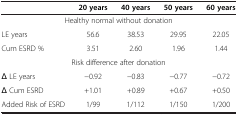
<table><thead><tr><td><b> </b></td><td><b>20 years</b></td><td><b>40 years</b></td><td><b>50 years</b></td><td><b>60 years</b></td></tr></thead><tbody><tr><td colspan="5">Healthy normal without donation</td></tr><tr><td>LE years</td><td>56.6</td><td>38.53</td><td>29.95</td><td>22.05</td></tr><tr><td>Cum ESRD %</td><td>3.51</td><td>2.60</td><td>1.96</td><td>1.44</td></tr><tr><td colspan="5">Risk difference after donation</td></tr><tr><td>Δ LE years</td><td>−0.92</td><td>−0.83</td><td>−0.77</td><td>−0.72</td></tr><tr><td>Δ Cum ESRD</td><td>+1.01</td><td>+0.89</td><td>+0.67</td><td>+0.50</td></tr><tr><td>Added Risk of ESRD</td><td>1/99</td><td>1/112</td><td>1/150</td><td>1/200</td></tr></tbody></table>